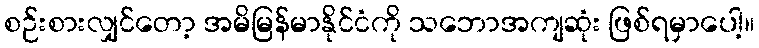
စဉ်းစားလျှင်တော့ အမိမြန်မာနိုင်ငံကို သဘောအကျဆုံး ဖြစ်ရမှာပေါ့။